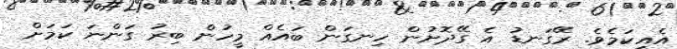
އެއީކަމެވެ. ރޭގަނޑު އެ ގޭދޮށުން ހިނގަން ބައެއް މީހުން ބިރު ގަންނަ ކަމަށް